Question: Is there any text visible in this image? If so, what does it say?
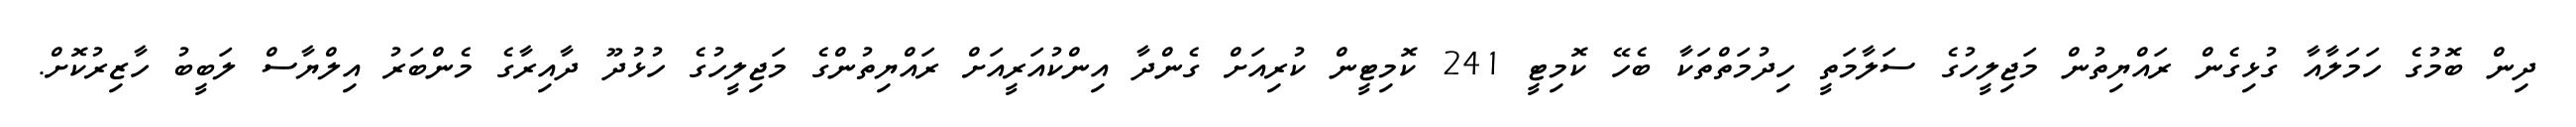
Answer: ދިން ބޮމުގެ ހަމަލާއާ ގުޅިގެން ރައްޔިތުން މަޖިލީހުގެ ސަލާމަތީ ހިދުމަތްތަކާ ބެހޭ ކޮމިޓީ 241 ކޮމިޓީން ކުރިއަށް ގެންދާ އިންކުއަރީއަށް ރައްޔިތުންގެ މަޖިލީހުގެ ހުޅުދޫ ދާއިރާގެ މެންބަރު އިލްޔާސް ލަބީބު ހާޒިރުކޮށް.